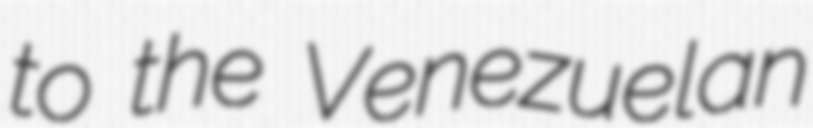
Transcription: to the Venezuelan